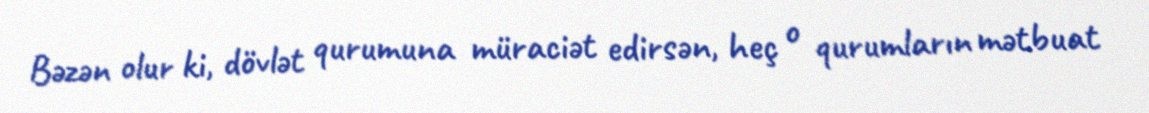
Bəzən olur ki, dövlət qurumuna müraciət edirsən, heç o qurumların mətbuat